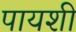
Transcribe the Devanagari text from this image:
पायशी